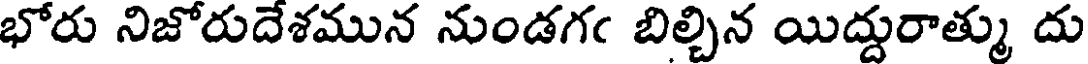
భోరు నిజోరుదేశమున నుండగఁ బిల్చిన యిద్దురాత్ము దు